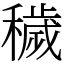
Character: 穢